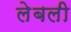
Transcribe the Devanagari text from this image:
लेबली